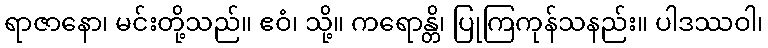
ရာဇာနော၊ မင်းတို့သည်။ ဧဝံ၊ သို့။ ကရောန္တိ၊ ပြုကြကုန်သနည်း။ ပါဒဿဝါ၊